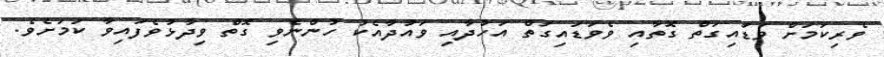
ވެރިކަމަށް ވަޑައިގަތް ގޮތާއި ވެވަޑައިގަތް އަހުދާއި ވައުދާއެކު ހުންނެވި ގޮތް ވިދާޅުވެފައިވާ ކަމަށެވެ.